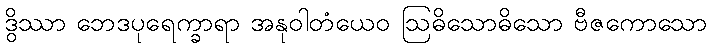
ဒွိဿာ ဘေဒပုရေက္ခာရာ အနုဝါတံယေဝ ဩဓိသောဓိသော ဗီဇကောသော